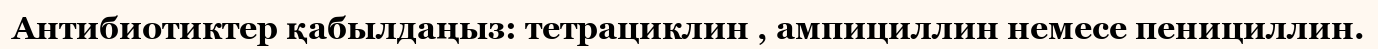
Антибиотиктер қабылдаңыз: тетрациклин , ампициллин немесе пенициллин.